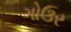
ગોઉર